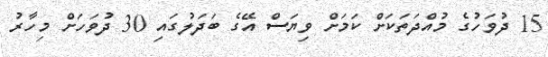
15 ދުވަހުގެ މުއްދަތަކަށް ކަމަށް ވިޔަސް އޭގެ ބަދަލުގައި 30 ދުވަހަށް މިހާރު